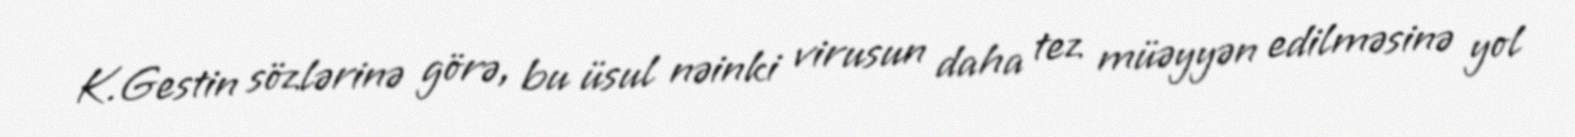
K.Gestin sözlərinə görə, bu üsul nəinki virusun daha tez müəyyən edilməsinə yol